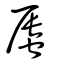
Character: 𧒏